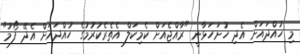
މި ހުއްދައަށް އެދި ހުށަހަޅާނީ "ރާއްޖެއަށް ކެމިކަލް އެތެރެކުރުމުގެ ހުއްދައަށް އެދޭ ފޯމު"